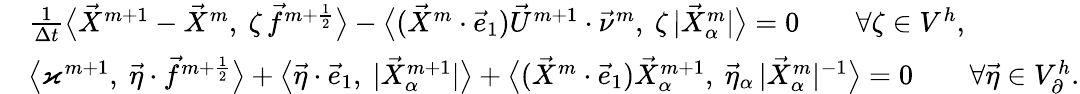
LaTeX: \begin{array}{rl}&{\frac{1}{\Delta t}\big<\vec{X}^{m+1}-\vec{X}^{m},~\zeta\, \vec{f}^{m+\frac{1}{2}}\big>-\big<(\vec{X}^{m}\cdot\vec{e}_{1})\vec{U}^{m+1}\cdot\vec{\nu}^{m},~\zeta\, |\vec{X}_{\alpha}^{m}|\big>=0\qquad\forall\zeta\in V^{h},}\\ &{\big<\varkappa^{m+1},~\vec{\eta}\cdot\vec{f}^{m+\frac{1}{2}}\big>+\big<\vec{\eta}\cdot\vec{e}_{1},~|\vec{X}_{\alpha}^{m+1}|\big>+\big<(\vec{X}^{m}\cdot\vec{e}_{1})\vec{X}_{\alpha}^{m+1},~\vec{\eta}_{\alpha}\, |\vec{X}_{\alpha}^{m}|^{-1}\big>=0\qquad\forall\vec{\eta}\in V_{\partial}^{h}.}\end{array}